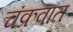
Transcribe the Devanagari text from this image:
चंक्रवात